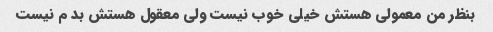
بنظر من معمولی هستش خیلی خوب نیست ولی معقول هستش بد م نیست